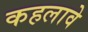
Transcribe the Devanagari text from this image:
कहलावे